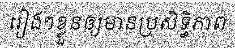
រៀងៗខ្លួនឲ្យមានប្រសិទ្ធិភាព